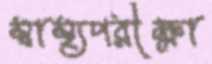
স্বাস্থ্যপরীক্ষা